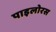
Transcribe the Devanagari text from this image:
पाइलोरस